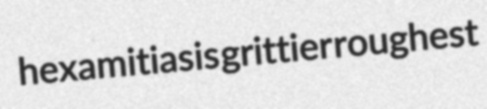
hexamitiasis grittier roughest